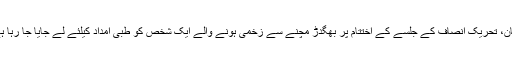
ملتان، تحریک انصاف کے جلسے کے اختتام پر بھگدڑ مچنے سے زخمی ہونے والے ایک شخص کو طبی امداد کیلئے لے جایا جا رہا ہے۔